Leaving Certificate Examination, 1922
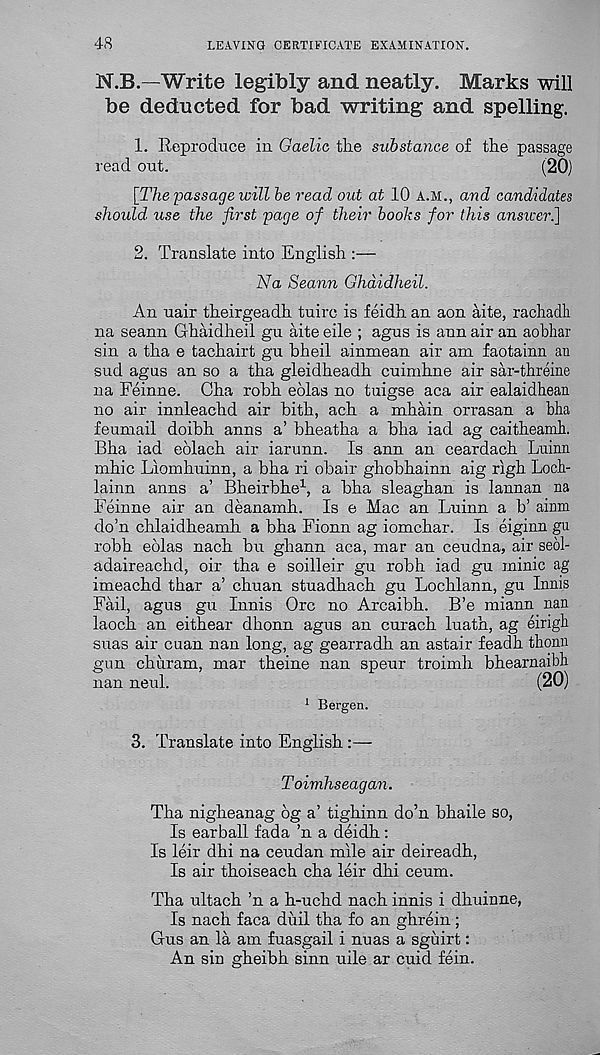
48
LEAVING CERTIFICATE EXAMINATION.
N.B.—Write legibly and neatly. Marks will
be deducted for bad writing and spelling.
1. Reproduce in Gaelic the substance of the passage
read out.
(20)
[The passage will be read out at 10 a.m., and candidates
should, use the first page of their boohs for this answer.]
2. Translate into English :—
Na Seann Ghdidheil.
An uair theirgeadh tuire is feidh an aon aite, rachaclli
na seann Ghaidheil gu aite eile ; agus is ann air an aobhar
sin a tha e tachairt gu bheil ainmean air am faotainn an
snd agus an so a tha gleidheadh cuimhne air sar-threine
na Feinne. Cha robh eblas no tuigse aca air ealaidhean
no air innleachd air bith, ach a mhain orrasan a blia
feumail doibh anns a’ bheatha a bha iad ag caitheamb.
Bha iad eblach air iarunn. Is ann an ceardach Luinn
mhic Liomhuinn, a bha ri obair ghobhainn aig righ Loch-
lainn anns a’ Bheirbhe 1 , a bha sleaghan is lannan na
Feinne air an deanamh. Is e Mac an Luinn a b’ airtm
do’n chlaidheamh a bha Fionn ag iomchar. Is eiginn gu
robh eolas nach bu ghann aca, mar an ceudna, air seol-
adaireachd, oir tha e soilleir gu robh iad gu minic ag
imeachd thar a’ chuan stuadhach gu Lochlann, gu Innis
Fail, agus gu Innis Ore no Arcaibh. B’e miann nan
laoch an eithear dhonn agus an curach luath, ag eirigh
suas air cuan nan long, ag gearradh an astair feadh thonn
gun churam, mar theine nan speur troimh bhearnaibli
nan neul.
(20)
1 Bergen.
3. Translate into English :—
Toimhseagan.
Tha nigheanag 6g a’ tighinn do’n bhaile so,
Is earball fada ’n a deidh:
Is leir dhi na ceudan mile air deireadh,
Is air thoiseach cha leir dhi ceum.
Tha ultach ’n a h-uchd nach innis i dhuinne,
Is nach faca duil tha fo an ghrein ;
Gus an la am fuasgail i nuas a sguirt:
An sin gheibh sinn uile ar cuid fein.